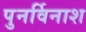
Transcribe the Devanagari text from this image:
पुनर्विनाश